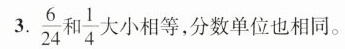
3. \frac{ 6 } { 2 4 }和\frac{ 1 } { 4 }大小相等，分数单位也相同。